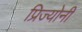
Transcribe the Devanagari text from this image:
प्रिज्योनी